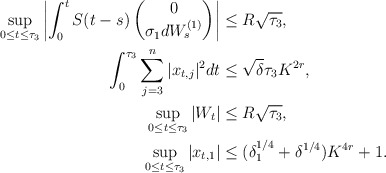
\begin{align*}\sup_{0 \le t \le \tau_3}\left|\int_0^t S(t-s)\begin{pmatrix}0 \\ \sigma_1 dW_s^{(1)} \\ \end{pmatrix}\right| &\le R \sqrt{\tau_3}, \\ \int_0^{\tau_3} \sum_{j=3}^n |x_{t,j}|^2 dt & \le \sqrt{\delta} \tau_3 K^{2r}, \\\sup_{0 \le t \le \tau_3} |W_t| &\le R \sqrt{\tau_3}, \\ \sup_{0 \le t \le \tau_3} |x_{t,1}| &\le (\delta_1^{1/4}+ \delta^{1/4})K^{4r} + 1.\end{align*}